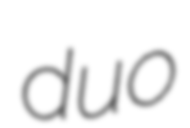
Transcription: duo